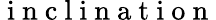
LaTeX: \mathrm{~i~n~c~l~i~n~a~t~i~o~n~}